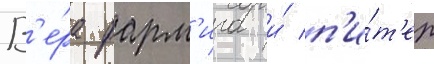
В'е́ра фарм'ига и́ п'и́т'ер